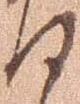
ほ